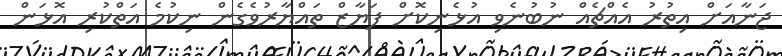
ޖަނާއަށް އިތުރު އެއްޗެއް ނުބުނެވި އުޅެނިކޮށް ފަޔާޒް ތައްޔާރުވެގެން ނިކުމެ އަތްކުރި އޮޅަން